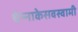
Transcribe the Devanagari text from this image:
चेन्‍नाकेसवस्‍वामी